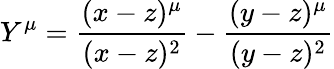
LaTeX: Y^{\mu}=\frac{(x-z)^{\mu}}{(x-z)^{2}}-\frac{(y-z)^{\mu}}{(y-z)^{2}}